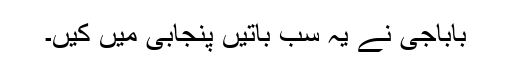
باباجی نے یہ سب باتیں پنجابی میں کیں۔